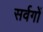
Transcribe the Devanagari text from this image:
सर्वगों